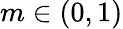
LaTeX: m\in(0,1)